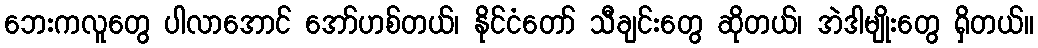
ဘေးကလူတွေ ပါလာအောင် အော်ဟစ်တယ်၊ နိုင်ငံတော် သီချင်းတွေ ဆိုတယ်၊ အဲဒါမျိုးတွေ ရှိတယ်။